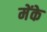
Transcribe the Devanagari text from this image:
मेंके